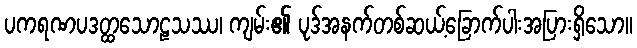
ပကရဏပဒတ္ထသောဠသဿ၊ ကျမ်း၏ ပုဒ်အနက်တစ်ဆယ့်ခြောက်ပါးအပြားရှိသော။